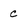
Character: c